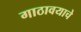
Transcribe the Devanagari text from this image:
गाठावयाचे